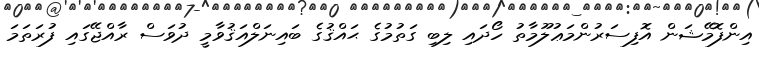
އިންފޮމޭޝަން އޮފިސަރުންމަޢުލޫމާތު ހޯދައި ލިބި ގަތުމުގެ ޙައްޤުގެ ބައިނަލްއަޤުވާމީ ދުވަސް ރާއްޖޭގައި ފުރަތަމަ